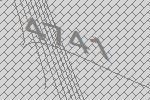
4741